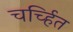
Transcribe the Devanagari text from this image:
चर्च्हित